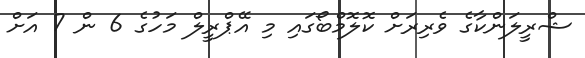
ޝްރީލަންކާގެ ވެރިރަށް ކޮލޮމްބޯގައި މި އޭޕްރީލް މަހުގެ 6 ން 7 އަށް